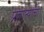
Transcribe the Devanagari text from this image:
प्रजात्यांचा